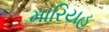
મારિયહ